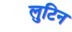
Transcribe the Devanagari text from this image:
लुटिन